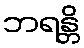
ဘရန္တိ